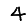
Digit: 4